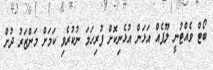
ބޯޓް ވެއްޓުނީ ލޫޕެއް އަޅަން އުޅެނިކޮށް ފުރިހަމަ ނުކުރެވި ކަމަށް މަންޒަރު ދުށް